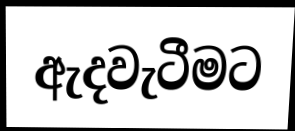
ඇදවැටීමට